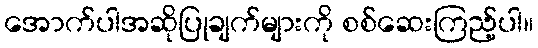
အောက်ပါအဆိုပြုချက်များကို စစ်ဆေးကြည့်ပါ။